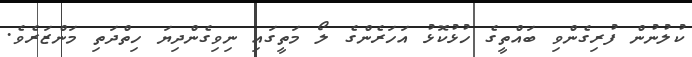
ކުލުނުން ފުރިގެންވި ބައްތީގެ ހުޅުކޮޅު އަހަރެންގެ ލޯ މަތީގައި ނިވިގެންދިޔަ ހިތްދަތި މަންޒަރެވެ.